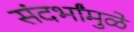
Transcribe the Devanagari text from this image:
संदर्भांमुळे